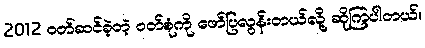
2012 ဝတ်ဆင်ခဲ့တဲ့ ဝတ်စုံကို ဖော်ပြလွန်းတယ်လို့ ဆိုကြပါတယ်။